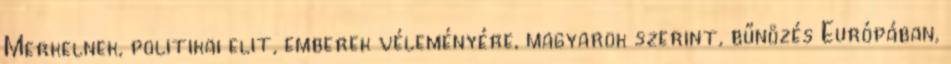
Merkelnek, politikai elit, emberek véleményére, magyarok szerint, bűnözés Európában,